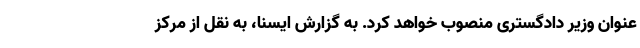
عنوان وزیر دادگستری منصوب خواهد کرد. به گزارش ایسنا، به نقل از مرکز